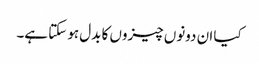
کیا ان دونوں چیزوں کا بدل ہو سکتا ہے۔